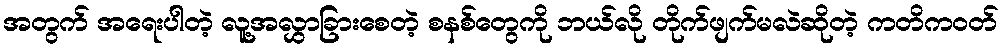
အတွက် အရေးပါတဲ့ လူ့အလွှာခြားစေတဲ့ စနစ်တွေကို ဘယ်လို တိုက်ဖျက်မလဲဆိုတဲ့ ကတိကဝတ်